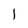
Character: l